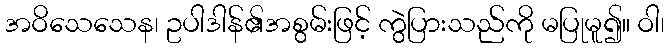
အဝိသေသေန၊ ဥပါဒါန်၏အစွမ်းဖြင့် ကွဲပြားသည်ကို မပြုမူ၍။ ဝါ၊